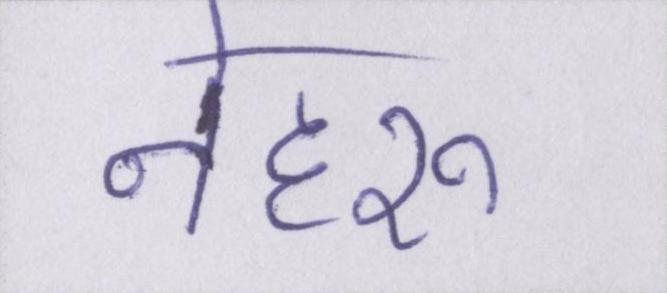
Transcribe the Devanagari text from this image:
नेहरू